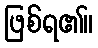
ဖြစ်ရ၏။